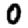
Digit: 0